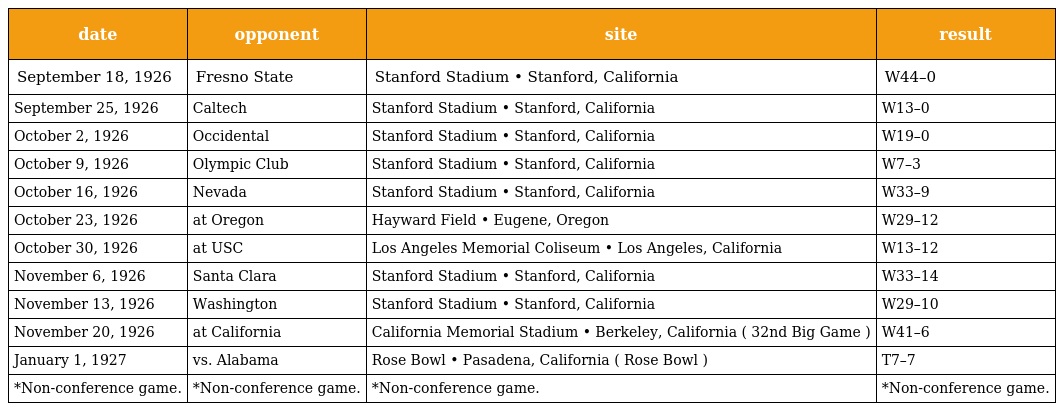
| date | opponent | site | result |
 | --- | --- | --- | --- |
 | September 18, 1926 | Fresno State | Stanford Stadium • Stanford, California | W44–0 |
 | September 25, 1926 | Caltech | Stanford Stadium • Stanford, California | W13–0 |
 | October 2, 1926 | Occidental | Stanford Stadium • Stanford, California | W19–0 |
 | October 9, 1926 | Olympic Club | Stanford Stadium • Stanford, California | W7–3 |
 | October 16, 1926 | Nevada | Stanford Stadium • Stanford, California | W33–9 |
 | October 23, 1926 | at Oregon | Hayward Field • Eugene, Oregon | W29–12 |
 | October 30, 1926 | at USC | Los Angeles Memorial Coliseum • Los Angeles, California | W13–12 |
 | November 6, 1926 | Santa Clara | Stanford Stadium • Stanford, California | W33–14 |
 | November 13, 1926 | Washington | Stanford Stadium • Stanford, California | W29–10 |
 | November 20, 1926 | at California | California Memorial Stadium • Berkeley, California ( 32nd Big Game ) | W41–6 |
 | January 1, 1927 | vs. Alabama | Rose Bowl • Pasadena, California ( Rose Bowl ) | T7–7 |
 | *Non-conference game. | *Non-conference game. | *Non-conference game. | *Non-conference game. |